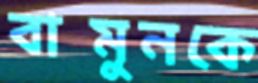
বামুনকে